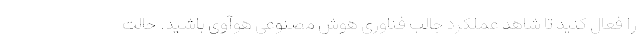
را فعال کنید تا شاهد عملکرد جالب فناوری هوش مصنوعی هوآوی باشید. حالت